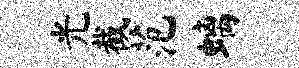
光截范螭